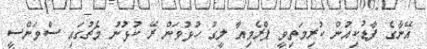
އޭނާގެ ފާޑުކިއުން ކުރިމަތިވީ ޕްރެމިއާ ލީގު ހުޅުވަން ރޭ ކުޅުނު މެޗުގައި ސްވަންސީ